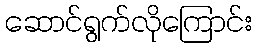
ဆောင်ရွက်လိုကြောင်း